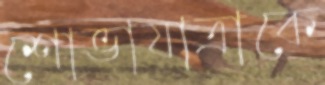
শোভাযাত্রাকে